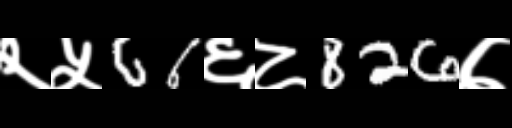
Text: २५66६८826७